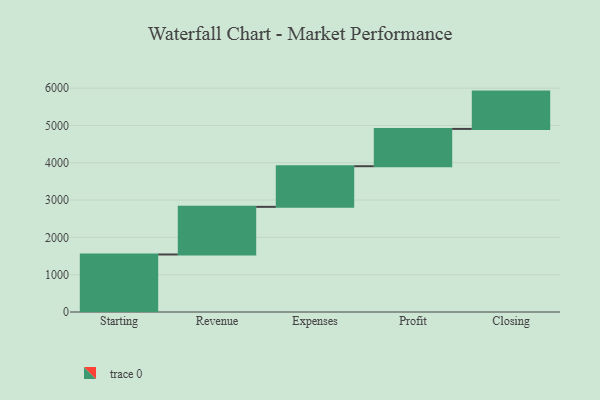
{"axis": {"x": "Step", "y": "Value"}, "legend": [""], "data": [{"x": "Starting", "y": 1542.0, "type": ""}, {"x": "Revenue", "y": 1277.0, "type": ""}, {"x": "Expenses", "y": 1089.0, "type": ""}, {"x": "Profit", "y": 1000, "type": ""}, {"x": "Closing", "y": 1000, "type": ""}]}